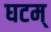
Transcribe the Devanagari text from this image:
घटम्